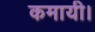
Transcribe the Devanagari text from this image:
कमायी।